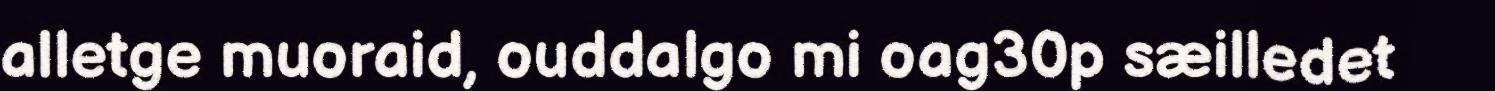
alletge muoraid, ouddalgo mi oag30p sæilledet